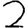
Digit: 2